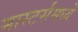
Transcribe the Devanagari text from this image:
मास्टर्समध्ये